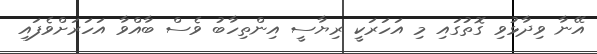
އޭނާ ވިދާޅުވި ގޮތުގައި މި އަހަރަކީ ރިޔާސީ އިންތިހާބު ވެސް ބާއްވާ އަހަރަށްވެފައި